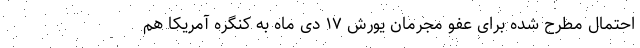
احتمال مطرح شده برای عفو مجرمان یورش ۱۷ دی ماه به کنگره آمریکا هم